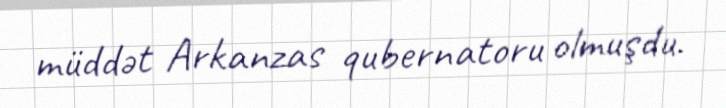
müddət Arkanzas qubernatoru olmuşdu.